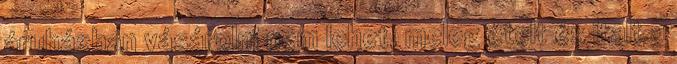
áruházban vásárolni nem lehet, meleg ételt és italt a